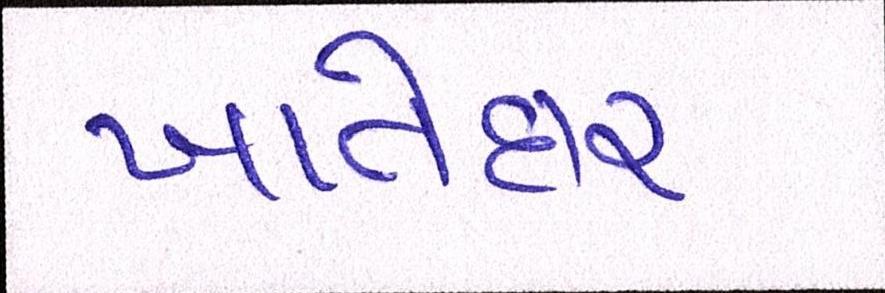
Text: ખાતેદાર